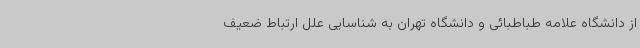
از دانشگاه علامه طباطبائی و دانشگاه تهران به شناسایی علل ارتباط ضعیف